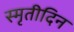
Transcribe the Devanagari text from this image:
स्मृतीदिन